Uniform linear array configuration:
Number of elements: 64
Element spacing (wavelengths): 0.25
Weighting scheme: binomial
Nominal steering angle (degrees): -60
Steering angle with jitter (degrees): -58.988
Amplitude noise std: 0.05
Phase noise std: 0.05

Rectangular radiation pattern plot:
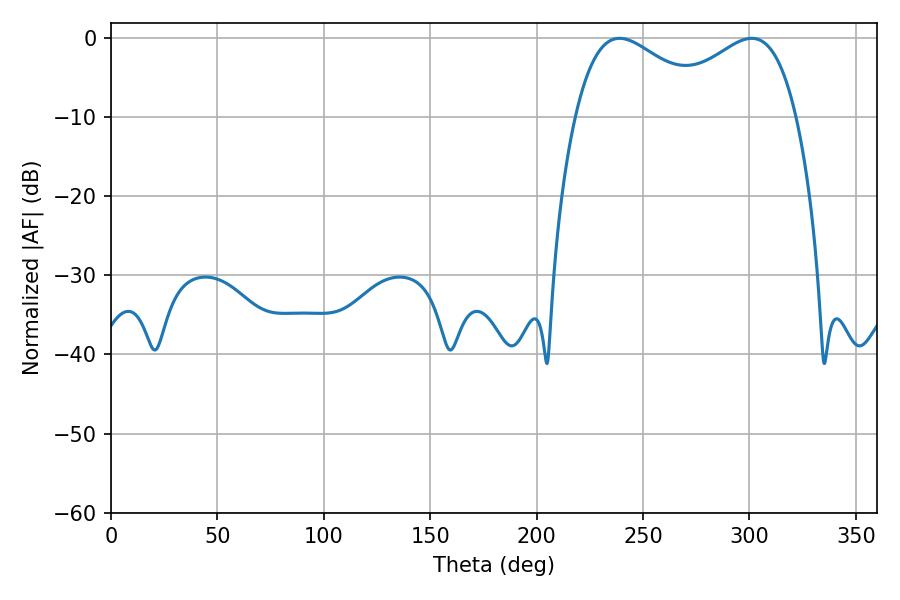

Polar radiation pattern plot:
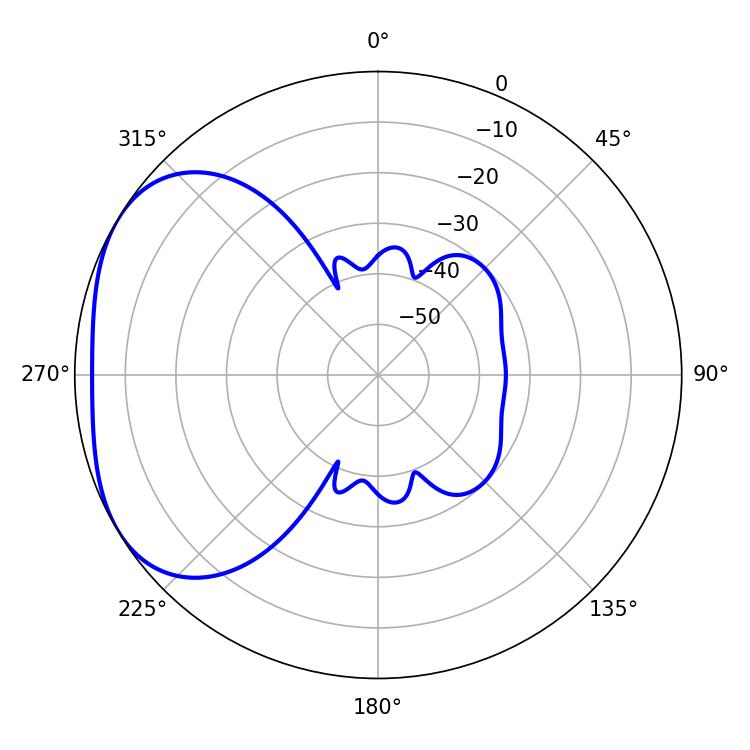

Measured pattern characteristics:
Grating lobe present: FALSE
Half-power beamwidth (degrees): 35.82
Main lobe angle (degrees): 239.04